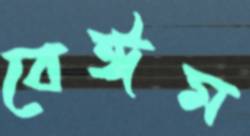
বেঈম